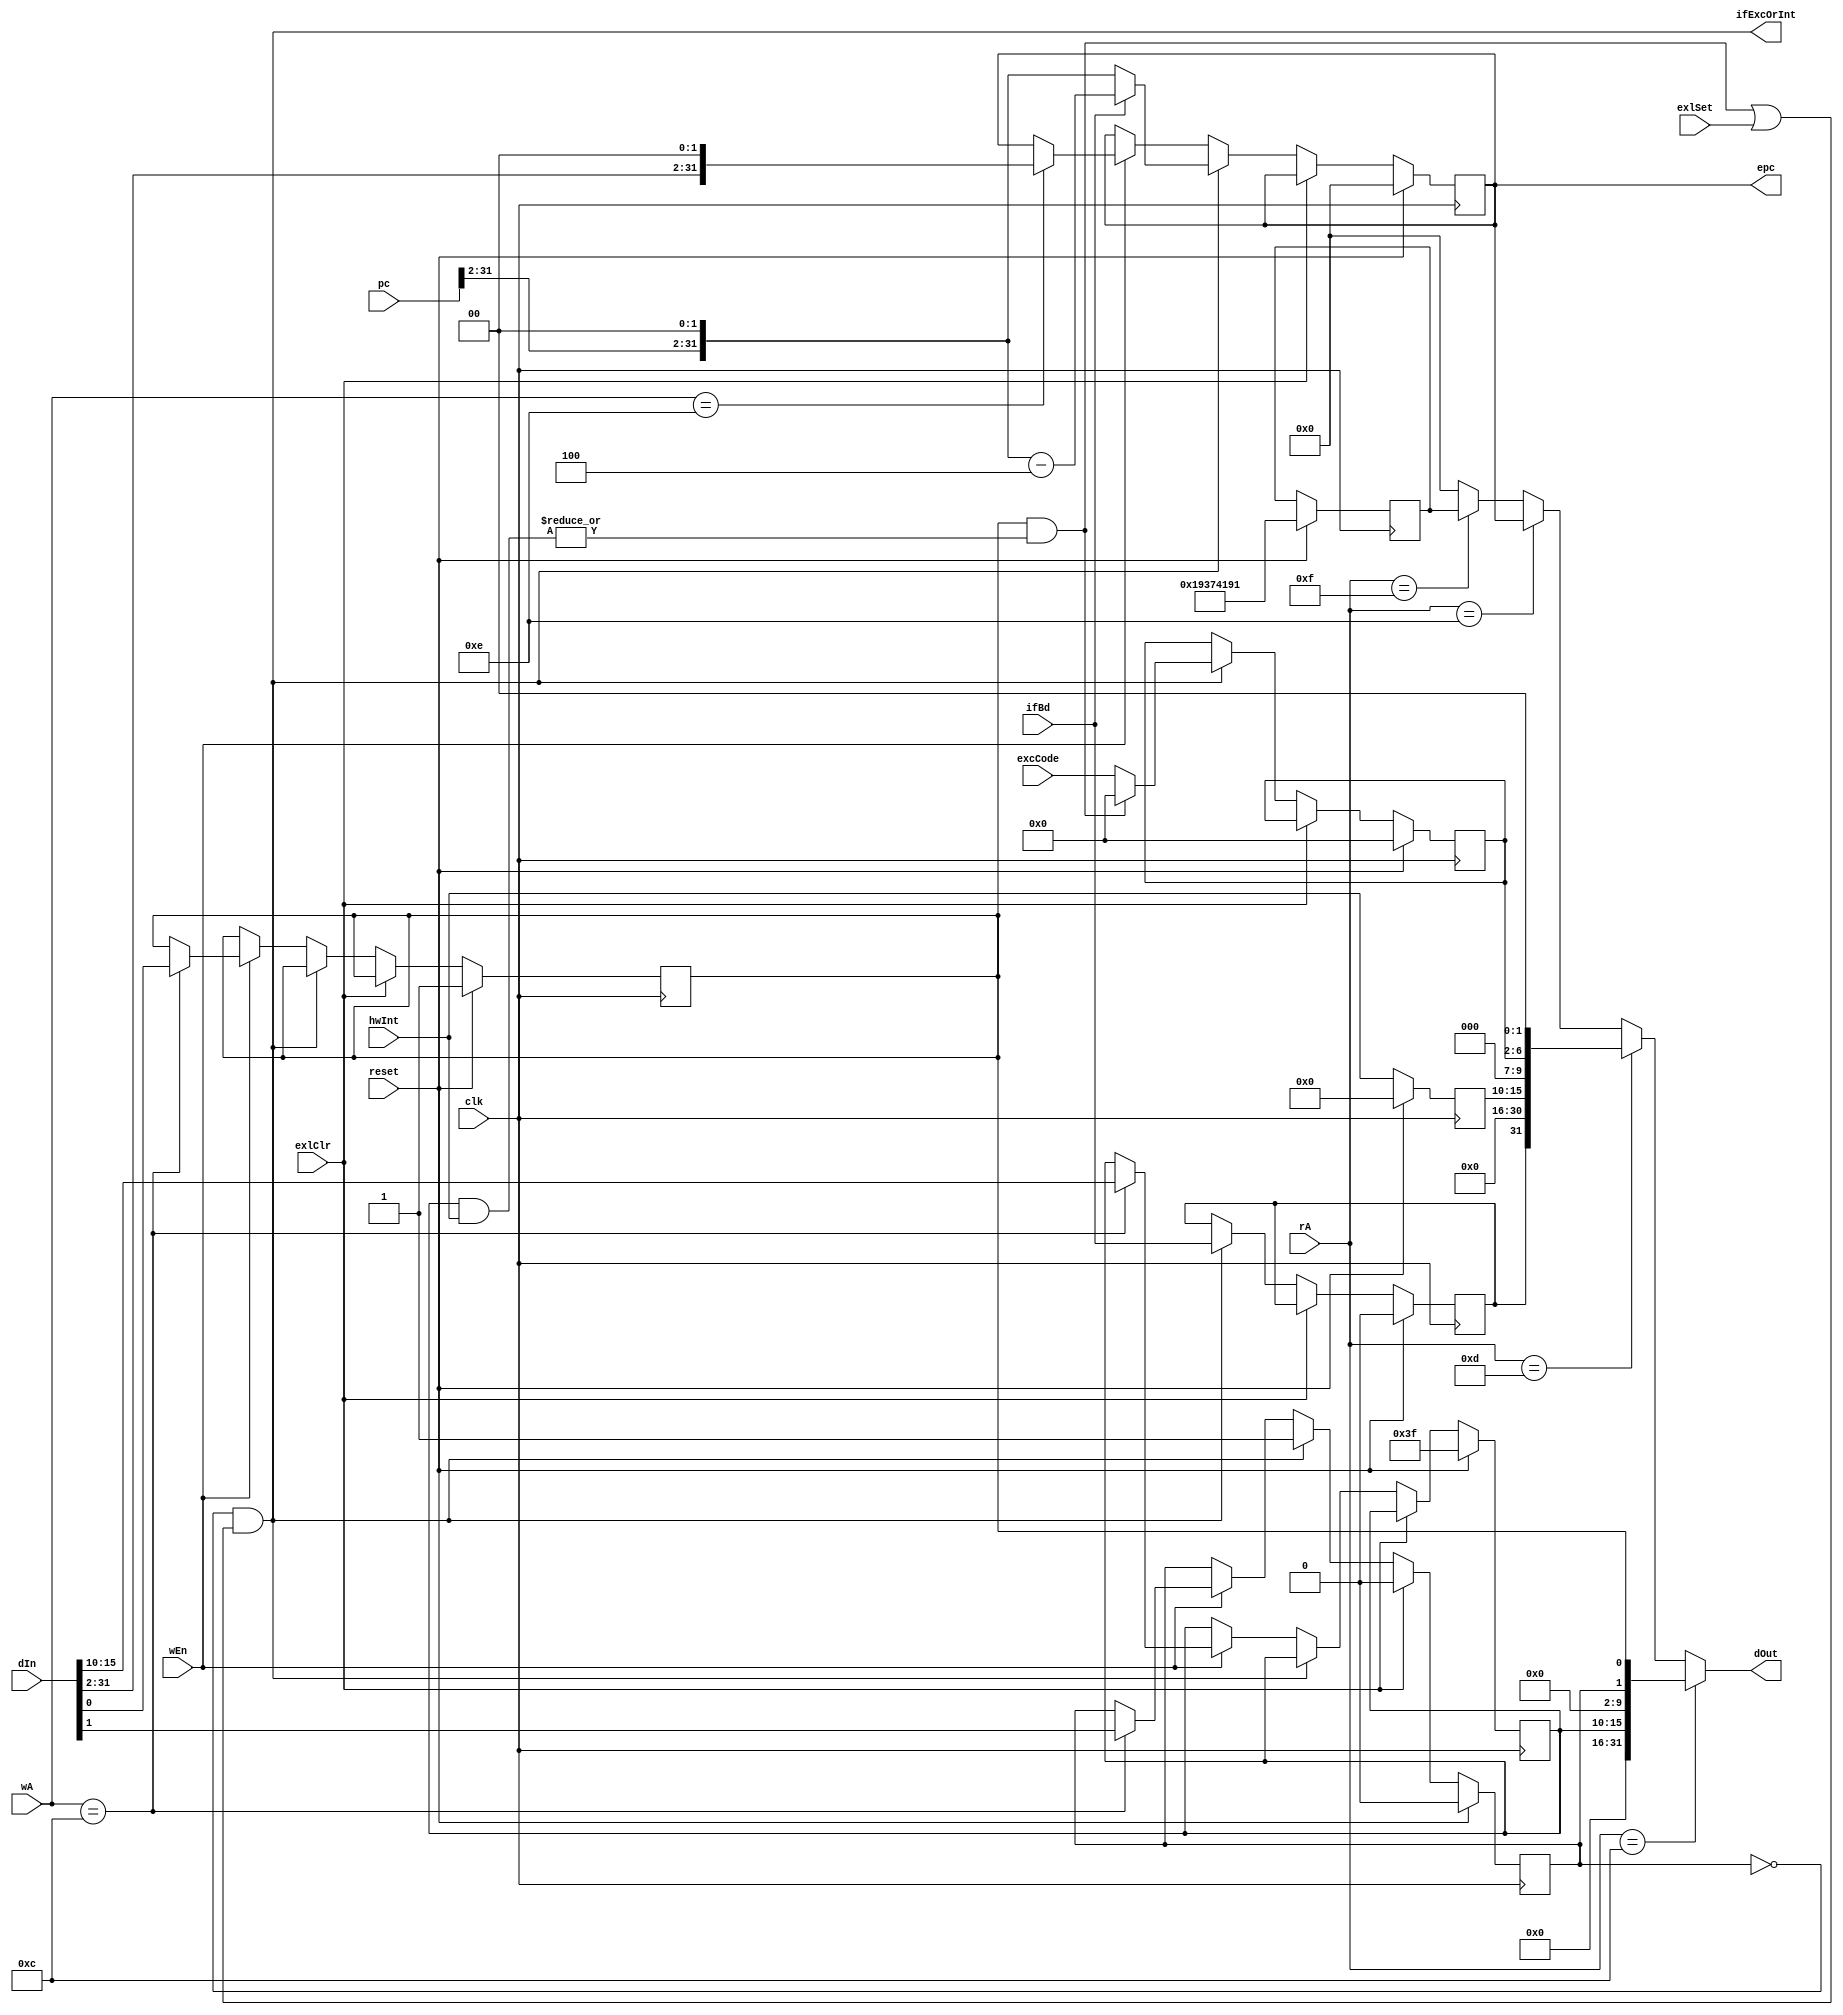
`timescale 1ns / 1ps
//////////////////////////////////////////////////////////////////////////////////
// Company: 
// Engineer: 
// 
// Design Name: 
// Module Name:    Cp0 
// Project Name: 
// Target Devices: 
// Tool versions: 
// Description: 
//
// Dependencies: 
//
// Revision: 
// Revision 0.01 - File Created
// Additional Comments: 
//
/*
IM[7:2]66
	1-0-
IE
	1-0-
EXL
	1-0-
	OS
*/
/*
IP[7:2]66
	
	1-0-
ExcCode[6:2]
	32
	3
BD
*/
//////////////////////////////////////////////////////////////////////////////////

module Cp0(
	input clk,
	input reset,
	input wEn,
	input exlSet,
	input exlClr,
	input ifBd,
	input [5:0]hwInt,
	input [4:0]excCode,
	input [4:0]rA,
	input [4:0]wA,
	input [31:0]dIn,
	input [31:0]pc,
	
	output [31:0]epc,
	output [31:0]dOut,
	output ifExcOrInt
    );
	
	reg [5:0]imReg;
	reg ieReg;
	reg exlReg;
	reg [5:0]ipReg;
	reg [4:0]excCodeReg;
	reg bdReg;
	reg [31:0]epcReg;
	reg [31:0]idReg;
	
	wire [31:0]reg12;
	wire [31:0]reg13;
	wire [31:0]reg14;
	wire [31:0]reg15;
	
	assign reg12	=	{16'b0, imReg, 8'b0, exlReg, ieReg};
	assign reg13	=	{bdReg, 15'b0, ipReg, 3'b0, excCodeReg, 2'b0};
	assign reg14	=	epcReg;
	assign reg15	=	idReg;
	
	assign ifExcOrInt	=	(!exlReg) & ( ((ieReg) & (|(imReg & hwInt))) || exlSet);
	assign epc			=	epcReg;
	assign dOut			=	(rA == 12)?
								reg12:
								(rA == 13)?
								reg13:
								(rA == 14)?
								reg14:
								(rA == 15)?
								reg15:
								0;

	initial begin
		imReg			<=	6'b111111;
		ieReg			<=	1;
		exlReg		<=	0;
		ipReg			<=	0;
		excCodeReg	<=	0;
		bdReg			<=	0;
		epcReg		<=	0;
		idReg			<=	32'h19374191;
	end
	
	always@(posedge clk)begin
		
		if(reset)begin
			imReg			<=	6'b111111;
			ieReg			<=	1;
			exlReg		<=	0;
			excCodeReg	<=	0;
			bdReg			<=	0;
			epcReg		<=	0;
			idReg			<=	32'h19374191;
			ipReg			<=	0;
		end
		else begin
			ipReg	<=	hwInt;
			if(exlClr)begin
				exlReg	<=	0;
			end
			else if(ifExcOrInt)begin
					exlReg		<=	1;
					
					excCodeReg	<=	((ieReg) & (|(imReg & hwInt)))?
										0:
										excCode;
										
					bdReg			<=	ifBd;
					
					epcReg		<=	(ifBd)?
										({pc[31:2], 2'b0} - 4):
										{pc[31:2], 2'b0};
			end
			else if(wEn)begin
				case(wA)
					12:	{imReg, exlReg, ieReg}	<=	{dIn[15:10], dIn[1], dIn[0]};
					14:	epcReg	<=	{dIn[31:2], 2'b0};
				endcase
			end
		end	
	end	

endmodule